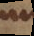
i